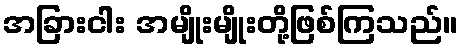
အခြားငါး အမျိုးမျိုးတို့ဖြစ်ကြသည်။